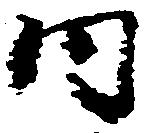
内